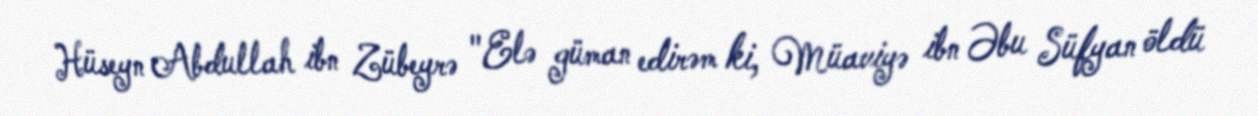
Hüseyn Abdullah ibn Zübeyrə "Elə güman edirəm ki, Müaviyə ibn Əbu Süfyan öldü